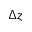
\Delta z